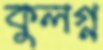
কুলগ্ন